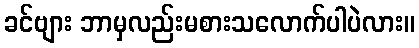
ခင်ဗျား ဘာမှလည်းမစားသလောက်ပါပဲလား။